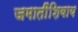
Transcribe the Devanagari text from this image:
जमातींशिवाय